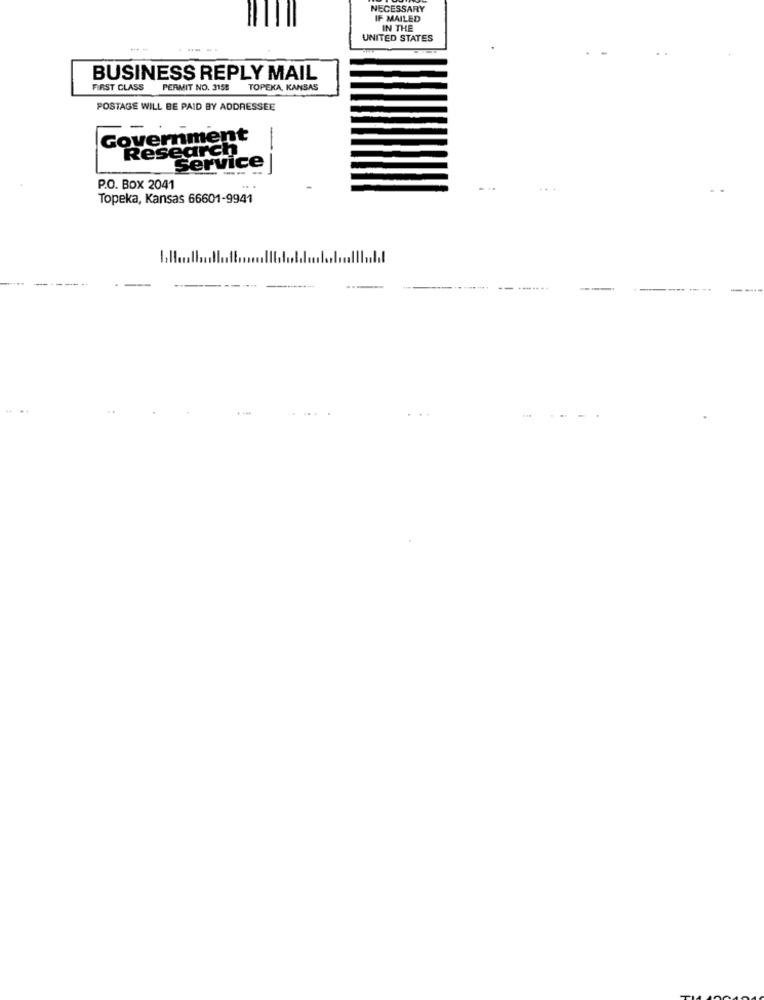
NECESSARY
IF MAILED
IN THE
UNITED STATES
--
BUSINESS REPLY MAIL
FIRST CLASS
PERMIT NO. 3158 TOPEKA, KANSAS
POSTAGE WILL BE PAID BY ADDRESSEE
Government
Research
Service
--
P.O. BOX 2041
Topeka, Kansas 66601-9941
..